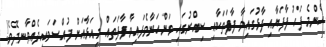
އެންމެ ފަހު ފާފަޔާއި ފާޅުގައިވާ ފާފަތަކާއި ސިއްރުގައި ވަންހަނާވެފައިވާ ފާފަތައް މިއަޅާއަށް ފުއްސަވައިދެއްވާނދޭވެ!